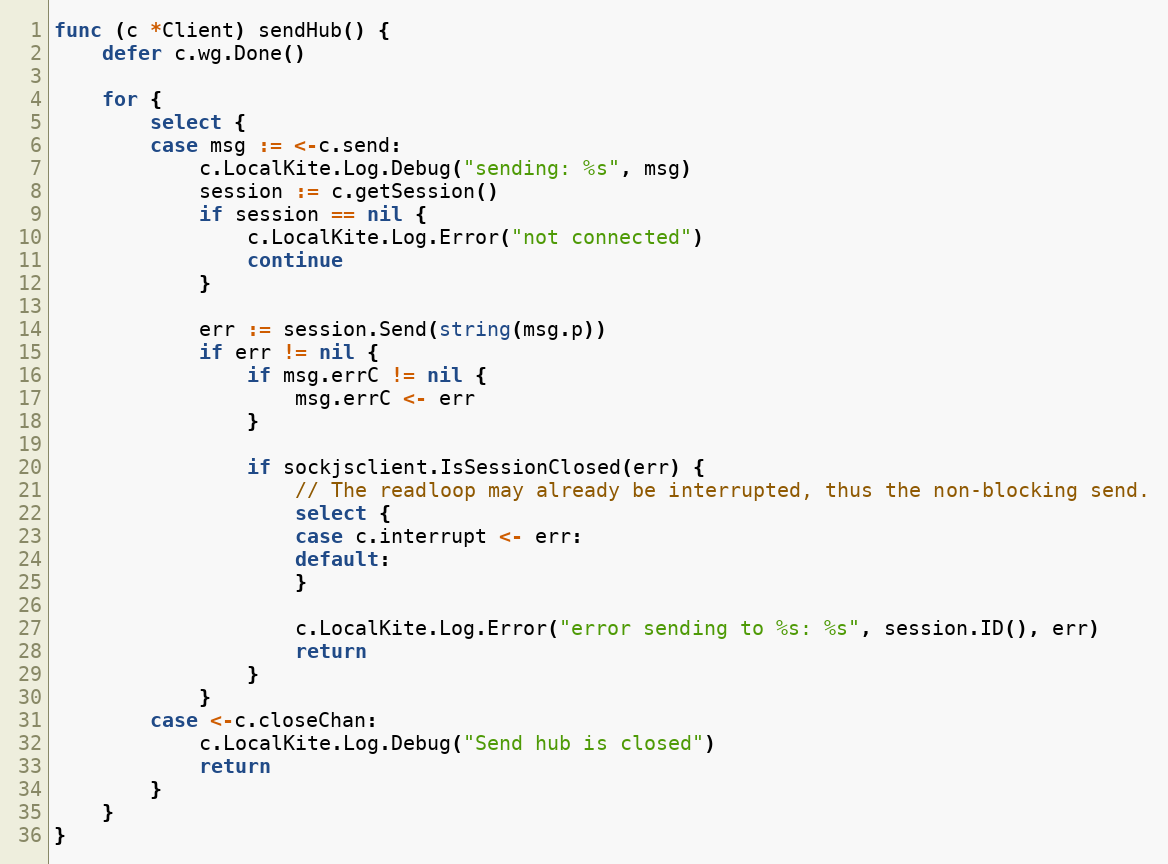
Language: Go
func (c *Client) sendHub() {
	defer c.wg.Done()

	for {
		select {
		case msg := <-c.send:
			c.LocalKite.Log.Debug("sending: %s", msg)
			session := c.getSession()
			if session == nil {
				c.LocalKite.Log.Error("not connected")
				continue
			}

			err := session.Send(string(msg.p))
			if err != nil {
				if msg.errC != nil {
					msg.errC <- err
				}

				if sockjsclient.IsSessionClosed(err) {
					// The readloop may already be interrupted, thus the non-blocking send.
					select {
					case c.interrupt <- err:
					default:
					}

					c.LocalKite.Log.Error("error sending to %s: %s", session.ID(), err)
					return
				}
			}
		case <-c.closeChan:
			c.LocalKite.Log.Debug("Send hub is closed")
			return
		}
	}
}